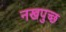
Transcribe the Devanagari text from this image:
नखपुच्छ